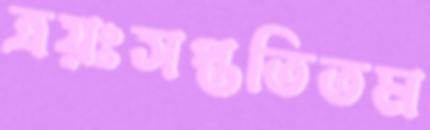
ত্রয়ঃসপ্ততিতম